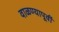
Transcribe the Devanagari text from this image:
वाळण्यापूर्वी